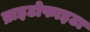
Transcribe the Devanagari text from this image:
ब्राइटोफाइटा